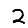
Digit: 2